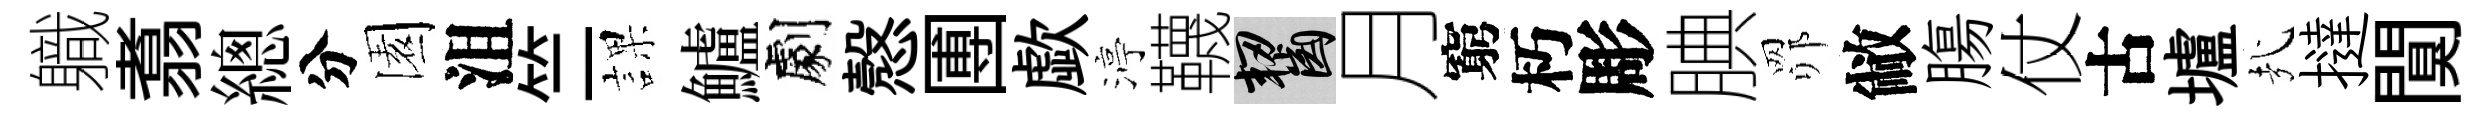
軄翥總分園沮竺課鱸劇慤圑歔渟韈齧月窮朽彫腆𦊑敝膓仗古壚㢤撻闃